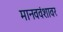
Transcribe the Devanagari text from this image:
मानववंशावर